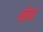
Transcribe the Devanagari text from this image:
सोय्रं